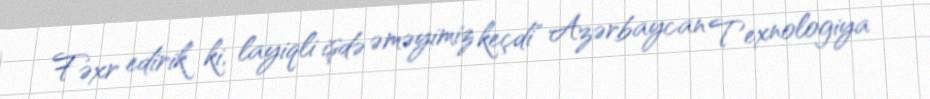
Fəxr edirik ki, layiqli işdə əməyimiz keçdi" Azərbaycan Texnologiya